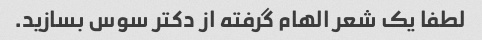
لطفا یک شعر الهام گرفته از دکتر سوس بسازید.